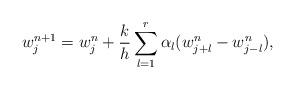
LaTeX: \begin{align*}w_j^{n+1}=w_j^{n}+\frac{k}{h}\sum_{l=1}^{r}\alpha_l(w^n_{j+l}-w^n_{j-l}), \end{align*}